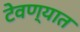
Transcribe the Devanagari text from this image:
टेवण्यात